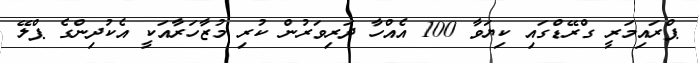
ޕްރައިމަރީ ގްރޭޑްގައި ކިޔަވާ 100 އެއްހާ ދަރިވަރުން ކުރި މުޒާހަރާއަކީ އެކުދިންގެ ޕްލޭ